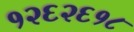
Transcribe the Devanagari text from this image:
१२६२६१८